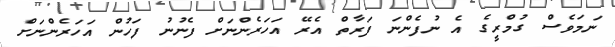
ނަމަވެސް ގުމްރީގެ އެ ނުފެންނަ ފަރާތް އެރޭ އަހަރެންނަށް ފެނުނު ފަހުން އަހަރެންނަށް